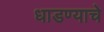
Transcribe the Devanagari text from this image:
धाडण्याचे